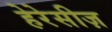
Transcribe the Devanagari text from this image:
हेरेसीज़